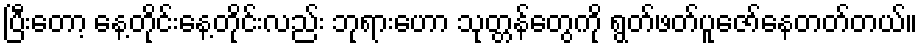
ပြီးတော့ နေ့တိုင်းနေ့တိုင်းလည်း ဘုရားဟော သုတ္တန်တွေကို ရွတ်ဖတ်ပူဇော်နေတတ်တယ်။